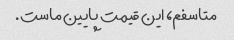
متاسفم، این قیمت پایین ماست.